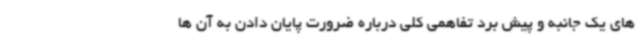
های یک جانبه و پیش برد تفاهمی کلی درباره ضرورت پایان دادن به آن ها